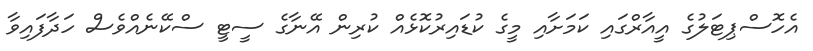
އެހޮސްޕިޓަލުގެ އީއާރްގައި ކަމަށާއި މީގެ ކުޑައިރުކޮޅެއް ކުރިން އޭނާގެ ސީޓީ ސްކޭނެއްވެސް ހަދާފައިވާ